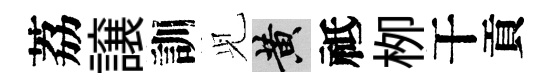
荔譲訓𫤗黄祗栁干貢